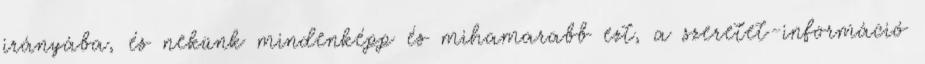
irányába, és nekünk mindenképp és mihamarabb ezt, a szeretet-információ